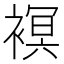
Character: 𧜀